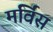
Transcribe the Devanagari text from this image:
मर्विस